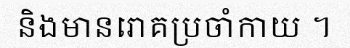
និងមានរោគប្រចាំកាយ ។